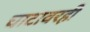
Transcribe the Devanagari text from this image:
घाटावरही